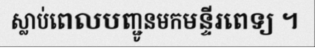
ស្លាប់ពេលបញ្ជូនមកមន្ទីរពេទ្យ ។